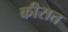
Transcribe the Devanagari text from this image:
कीरात